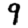
Digit: 9